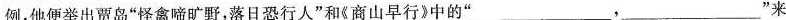
例，他便举出贾岛”怪禽啼旷野，落日恐行人”和《商山早行》中的”___”来